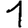
Digit: 1